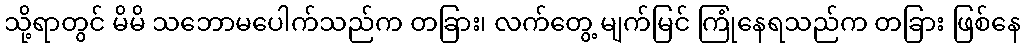
သို့ရာတွင် မိမိ သဘောမပေါက်သည်က တခြား၊ လက်တွေ့ မျက်မြင် ကြုံနေရသည်က တခြား ဖြစ်နေ